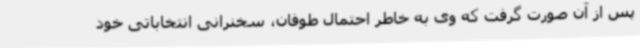
پس از آن صورت گرفت که وی به خاطر احتمال طوفان، سخنرانی انتخاباتی خود